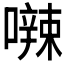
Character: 𪢘